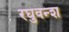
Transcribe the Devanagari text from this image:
रघुवन्श